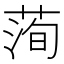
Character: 𦴥